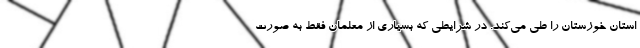
استان خوزستان را طی می‌کند. در شرایطی که بسیاری از معلمان فقط به صورت